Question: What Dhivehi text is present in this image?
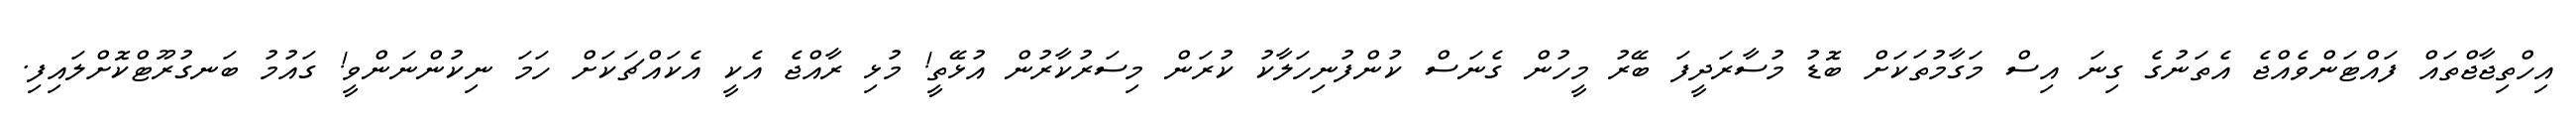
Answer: އިހްތިޖާޖްތައް ފައްޓަންވެއްޖެ އެތަނުގެ ގިނަ އިސް މަގާމުތަކަށް ބޮޑު މުސާރަދީފަ ބޭރު މީހުން ގެނަސް ކުންފުނިހަލާކު ކުރަން މިސަރުކާރުން އުޅޭތީ! މުޅި ރާއްޖެ އެކީ އެކައްޗަކަށް ހަމަ ނިކުންނަންވީ! ގައުމު ބަނގުރޫޓްކޮށްލައިފި.